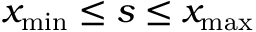
x _ { \mathrm { m i n } } \leq s \leq x _ { \mathrm { m a x } }